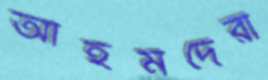
আহমদেরা